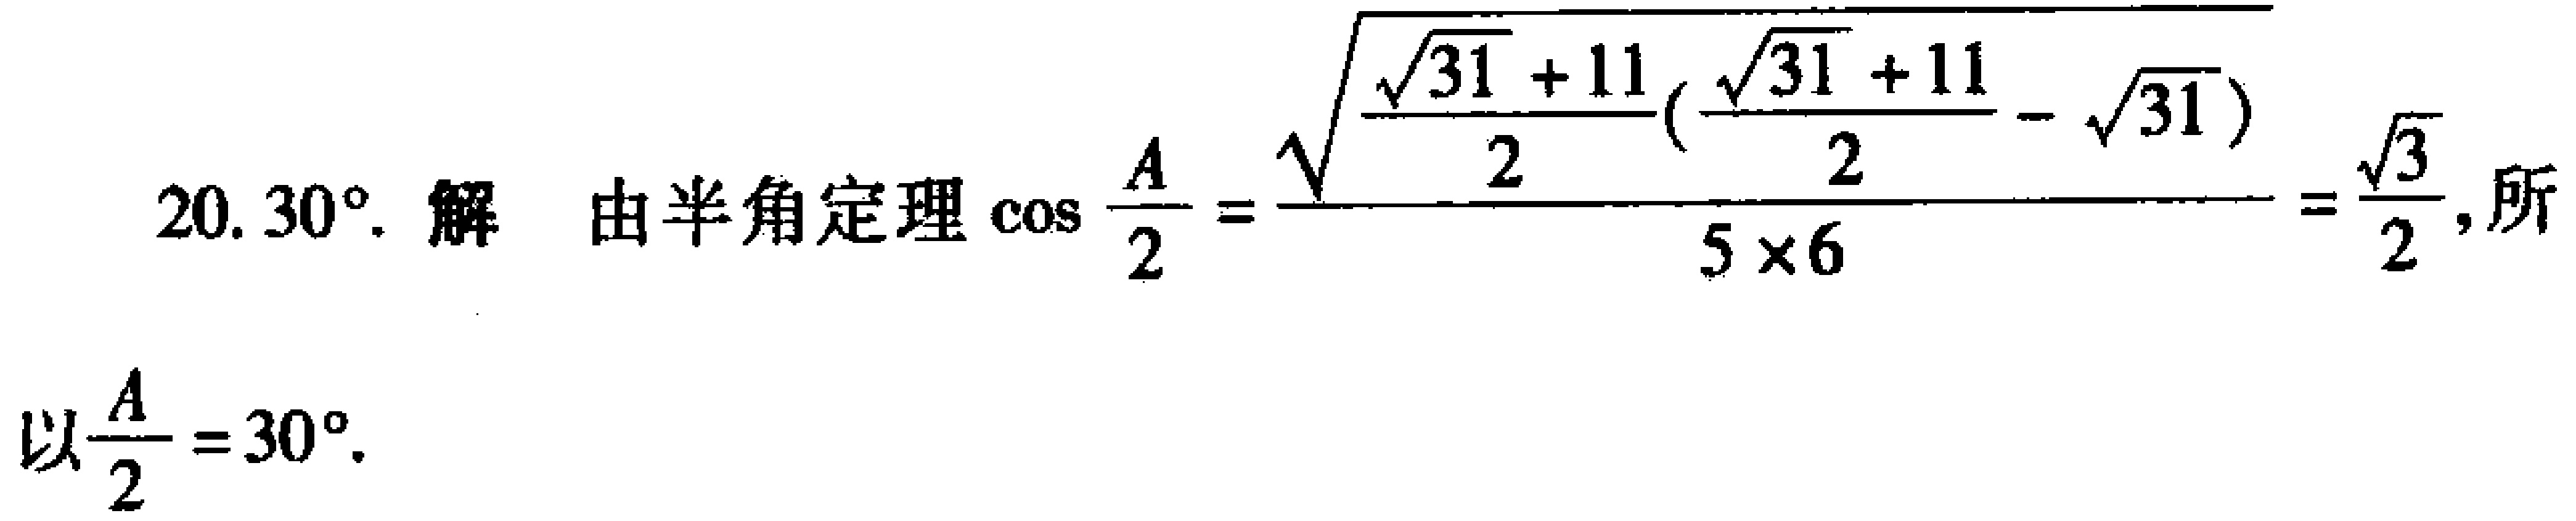
20. $30^{\circ}$. 解 由半角定理$\cos \frac{A}{2}=\frac{\sqrt{\frac{\sqrt{31}+11}{2}(\frac{\sqrt{31}+11}{2}-\sqrt{31})}}{5\times6}=\frac{\sqrt{3}}{2}$, 所以$\frac{A}{2}=30^{\circ}$.